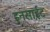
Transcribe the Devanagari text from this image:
इनसाईट